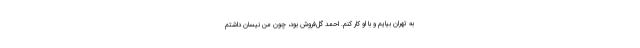
به تهران بیایم و با او کار کنم. احمد گل‌فروش بود، چون من نیسان داشتم